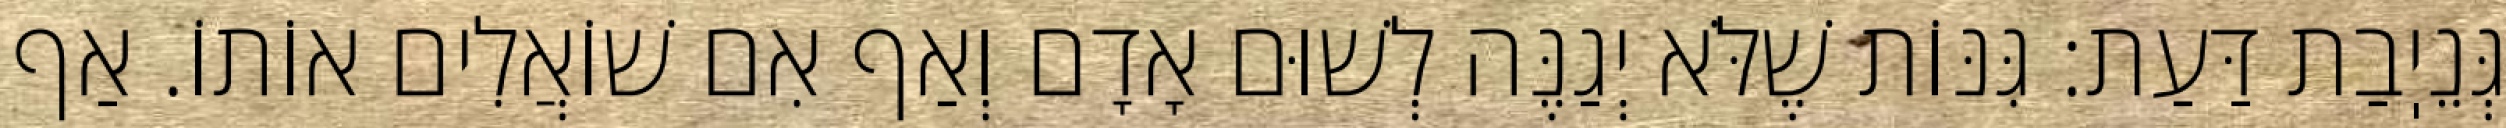
גְּנֵיֽבַת דַּעַת: גִּנּוֹת שֶׁלֹּא יְגַנֶּה לְשׁוּם אָדָם וְאַף אִם שׁוֹאֲלִים אוֹתוֹ. אַף